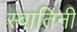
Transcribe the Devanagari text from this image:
स्वातिनी